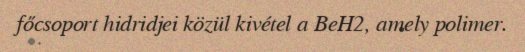
főcsoport hidridjei közül kivétel a BeH2, amely polimer.